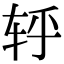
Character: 轷